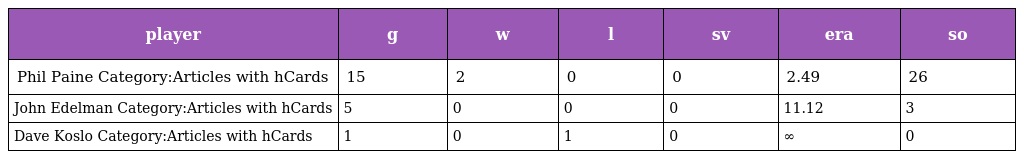
| player | g | w | l | sv | era | so |
 | --- | --- | --- | --- | --- | --- | --- |
 | Phil Paine Category:Articles with hCards | 15 | 2 | 0 | 0 | 2.49 | 26 |
 | John Edelman Category:Articles with hCards | 5 | 0 | 0 | 0 | 11.12 | 3 |
 | Dave Koslo Category:Articles with hCards | 1 | 0 | 1 | 0 | ∞ | 0 |